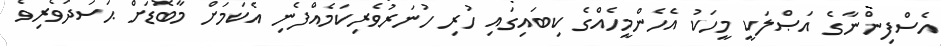
އެސްފިންނާގެ އަޞްލަކީ މީހަކު އެހެންމީހެއްގެ ކިބައިގައި ހުރި ހުނަރުވެރިކަމެއްފެނި އެކަމަށް މާބޮޑަށް ޙަސަދަވެރިވެ